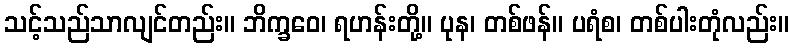
သင့်သည်သာလျင်တည်း။ ဘိက္ခဝေ၊ ရဟန်းတို့။ ပုန၊ တစ်ဖန်။ ပရံစ၊ တစ်ပါးတုံလည်း။